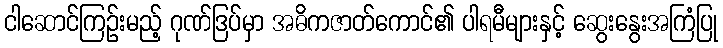
ငါဆောင်ကြဉ်းမည့် ဂုဏ်ဒြပ်မှာ အဓိကဇာတ်ကောင်၏ ပါရမီများနှင့် ဆွေးနွေးအကြံပြု